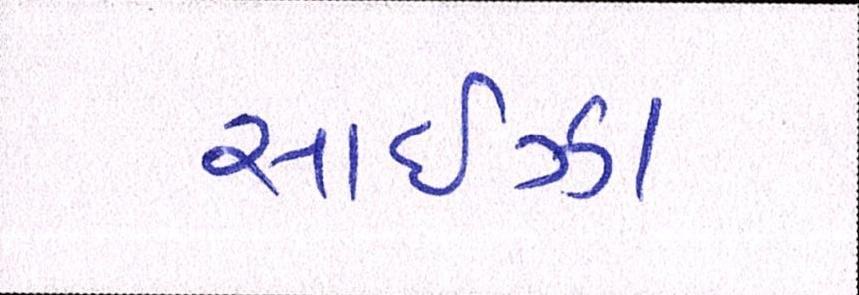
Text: સાઈઝા